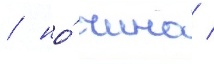
/ но́ чино /